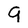
Character: 9